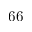
6 6